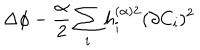
LaTeX: \Delta \phi - \frac { \alpha } { 2 } \sum _ { i } h _ { i } ^ { ( \alpha ) 2 } ( \partial C _ { i } ) ^ { 2 }